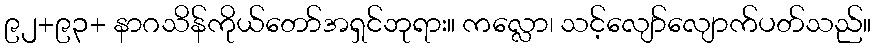
၉၂+၉၃+ နာဂသိန်ကိုယ်တော်အရှင်ဘုရား။ ကလ္လော၊ သင့်လျော်လျောက်ပတ်သည်။